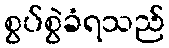
စွပ်စွဲခံရသည်